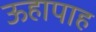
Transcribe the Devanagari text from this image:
ऊहापाह